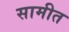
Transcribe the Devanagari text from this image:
सामीत